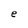
Character: e